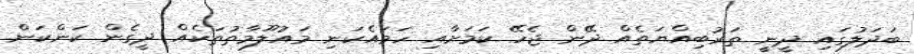
ބަދަލުގައި ދީނީ ތަރުބިއްޔަތެއް ދޭން ޖެހޭ ކަމަށާއި ހަމައެކަނި މައުލޫމާތުތަކެއް ދީގެން ކަންކަން